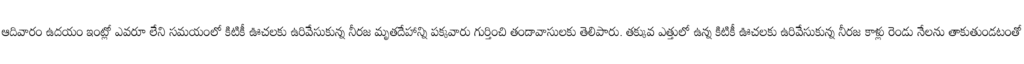
ఆదివారం ఉదయం ఇంట్లో ఎవరూ లేని సమయంలో కిటికీ ఊచలకు ఉరివేసుకున్న నీరజ మృతదేహాన్ని పక్కవారు గుర్తించి తండావాసులకు తెలిపారు. తక్కువ ఎత్తులో ఉన్న కిటికీ ఊచలకు ఉరివేసుకున్న నీరజ కాళ్లు రెండు నేలను తాకుతుండటంతో